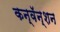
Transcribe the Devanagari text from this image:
कन्वॅन्शन